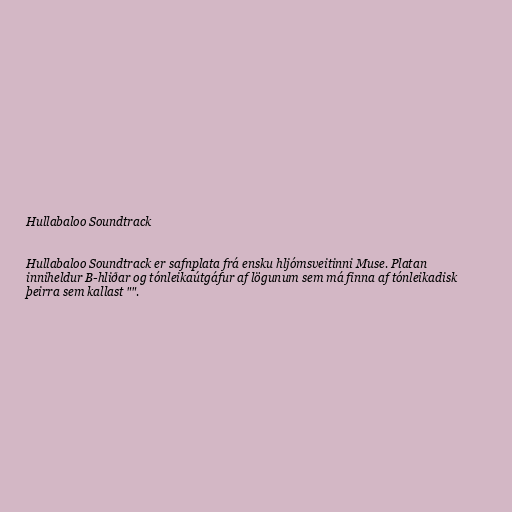
Hullabaloo Soundtrack

Hullabaloo Soundtrack er safnplata frá ensku hljómsveitinni Muse. Platan
inniheldur B-hliðar og tónleikaútgáfur af lögunum sem má finna af tónleikadisk
þeirra sem kallast "".